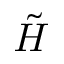
\tilde { H }